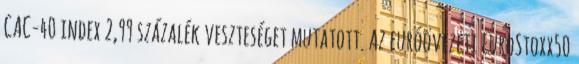
CAC-40 index 2,99 százalék veszteséget mutatott. Az euróövezeti EuroStoxx50